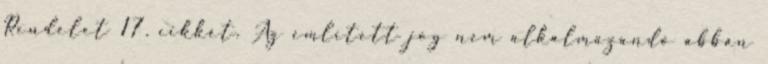
Rendelet 17. cikkét. Az említett jog nem alkalmazandó abban